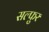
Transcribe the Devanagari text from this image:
सल्फुर